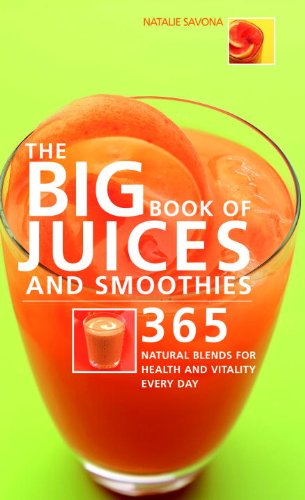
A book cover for The Big Book of Juices and Smoothies: 365 Natural Blends for Health and Vitality Every Day (The Big Book of...Series); Natalie Savona; Cookbooks, Food & Wine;